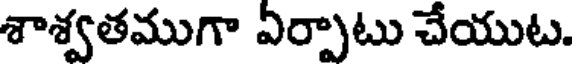
శాశ్వతముగా ఏర్పాటు చేయుట.